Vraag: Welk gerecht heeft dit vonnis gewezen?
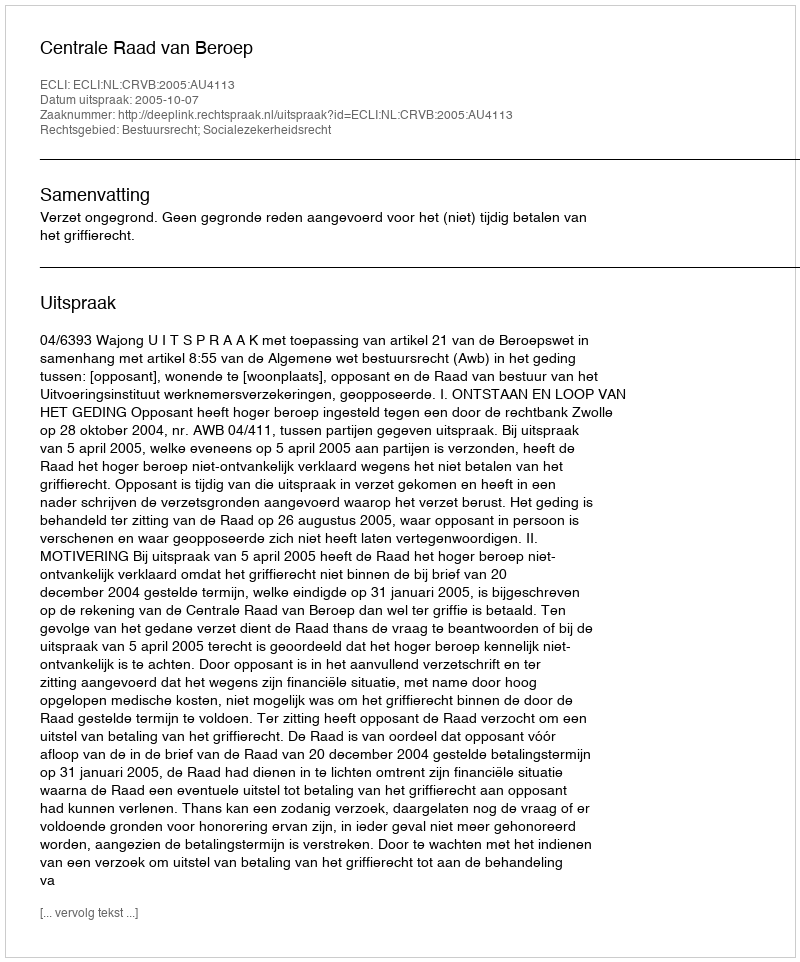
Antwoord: Centrale Raad van Beroep